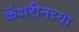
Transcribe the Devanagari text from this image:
कॅथरीनच्या